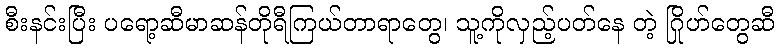
စီးနင်းပြီး ပရော့ဆီမာဆန်တိုရီကြယ်တာရာတွေ၊ သူ့ကိုလှည့်ပတ်နေ တဲ့ ဂြိုဟ်တွေဆီ